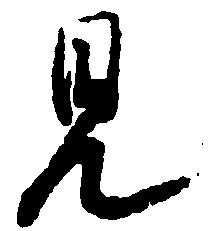
見